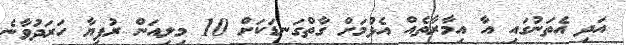
އަދި އެތަނުގައި އާ އިމާރާތެއް އެޅުމަށް ގާތްގަނޑަކަށް 10 މިލިއަން ރުފިޔާ ހަރަދުވާނެ